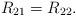
LaTeX: \begin{align*}R_{21}=R_{22}.\end{align*}